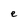
Character: e